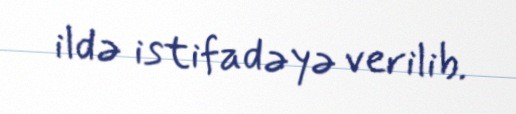
ildə istifadəyə verilib.